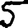
Digit: 5